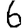
Digit: 6